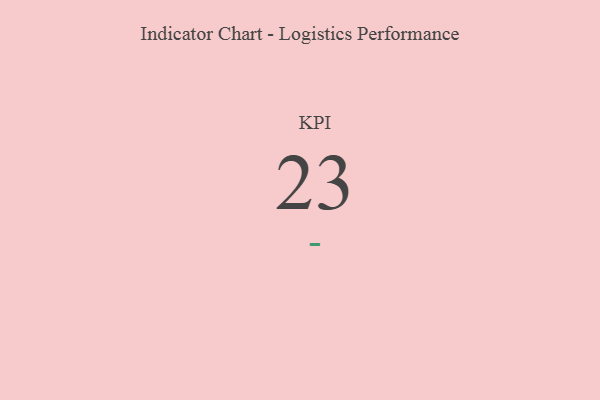
{"axis": {"x": "KPI", "y": "Value"}, "legend": [""], "data": [{"x": "KPI", "y": 23, "type": ""}]}